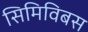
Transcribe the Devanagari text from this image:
सिमिविबस